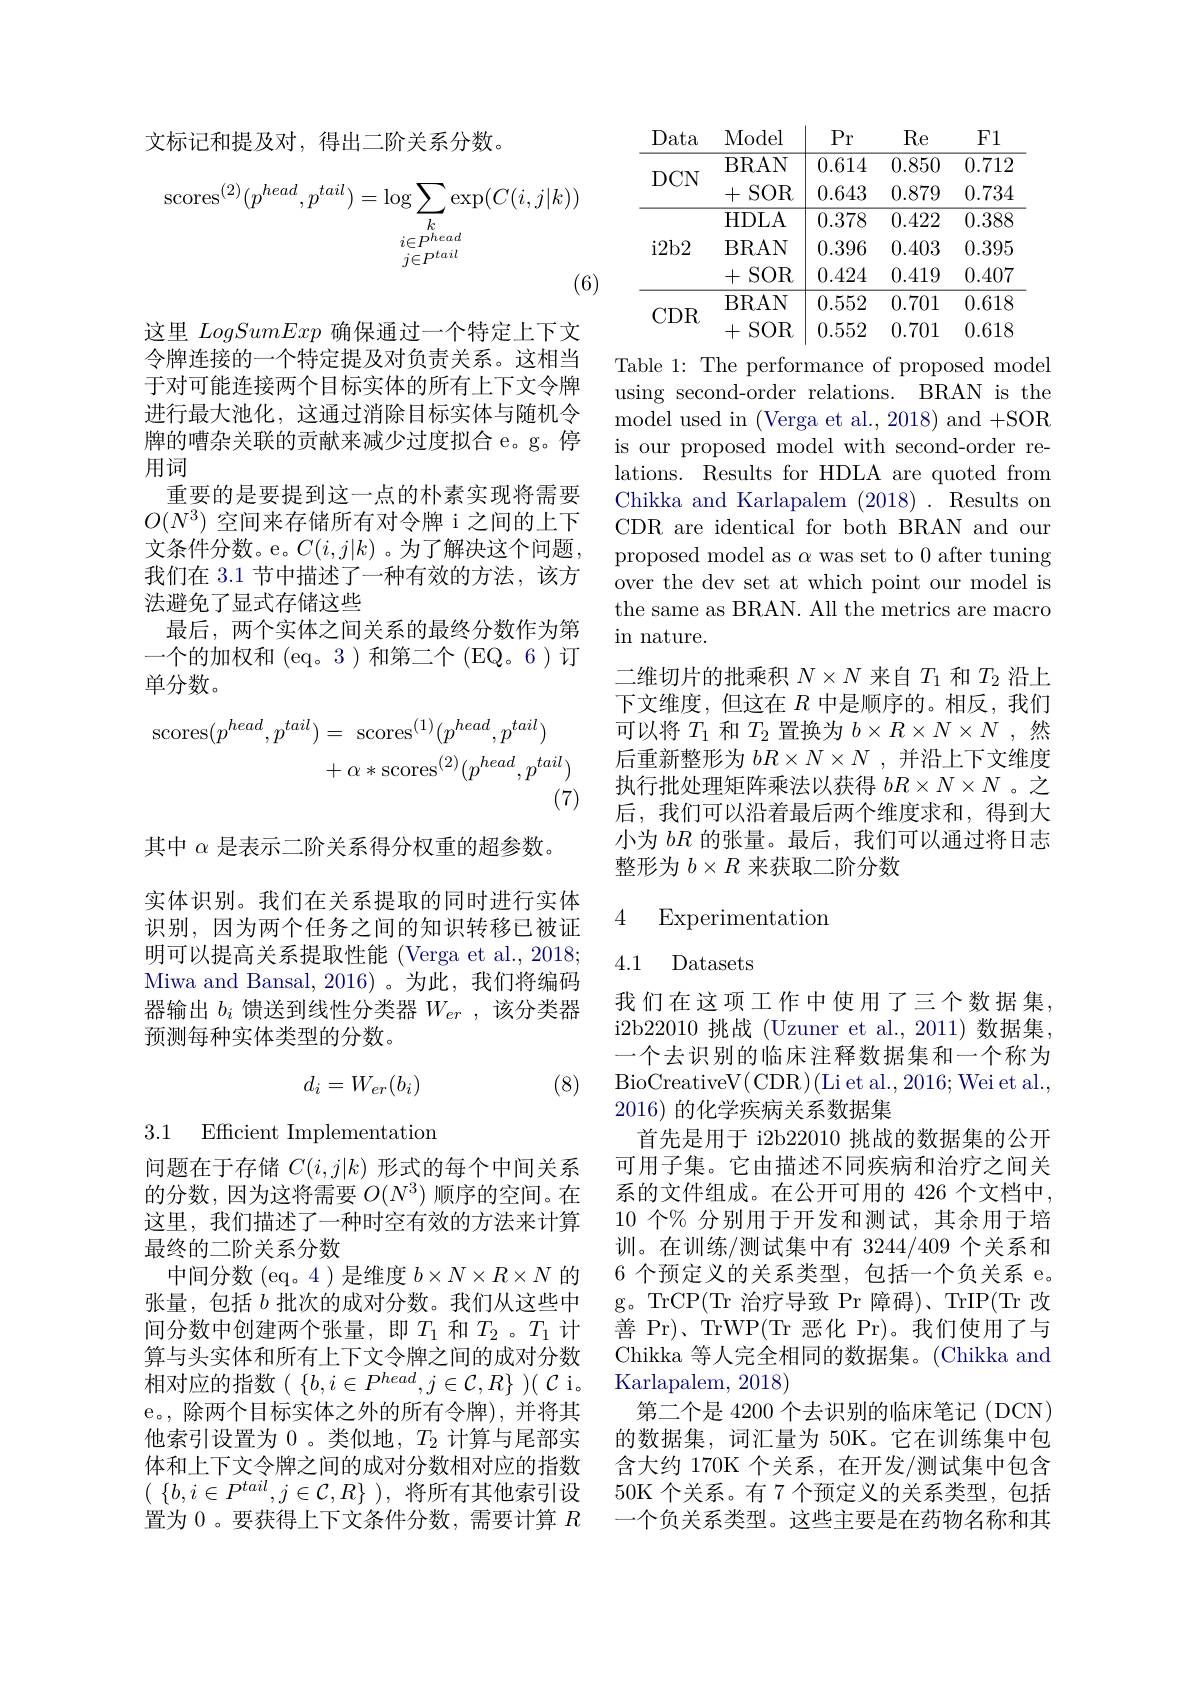
文标记和提及对，得出二阶关系分数。
$$\begin{array}{c}\mathrm{scores}^{(2)}(p^{head},p^{tail})=\log\sum_{\begin{array}{c}i\in P^{head}\\j\in P^{tail}\end{array}}\exp(C(i,j|k))\\(6\end{array}$$
用词

这里LogSumExp确保通过一个特定上下文令牌连接的一个特定提及对负责关系。这相当于对可能连接两个目标实体的所有上下文令牌进行最大池化，这通过消除目标实体与随机令牌的嘈杂关联的贡献来减少过度拟合 e。g。停
重要的是要提到这一点的朴素实现将需要$O(N^3)$空间来存储所有对令牌 i之间的上下文条件分数。e。$C(i,j|k)$ 。为了解决这个问题， 我们在 3.1 节中描述了一种有效的方法，该方法避免了显式存储这些
最后，两个实体之间关系的最终分数作为第一个的加权和 (eq。3)和第二个 (EQ。6)订单分数。
$$\begin{aligned}\mathrm{scores}(p^{head},p^{tail})&=\:\mathrm{scores}^{(1)}(p^{head},p^{tail})\\&+\alpha*\mathrm{scores}^{(2)}(p^{head},p^{tail})\end{aligned}$$
(7)

其中$\alpha$是表示二阶关系得分权重的超参数。
实体识别。我们在关系提取的同时进行实体识别，因为两个任务之间的知识转移已被证明可以提高关系提取性能 (Verga et al., 2018; Miwa and Bansal, 2016) 。为此，我们将编码器输出$b_i$馈送到线性分类器$W_er$ ,该分类器预测每种实体类型的分数。
$$d_i=W_{er}(b_i)$$
(8)

3.1 Efficient Implementation

问题在于存储$C(i,j|k)$形式的每个中间关系的分数，因为这将需要$O(N^3)$顺序的空间。在这里，我们描述了一种时空有效的方法来计算最终的二阶关系分数
中间分数(eq。4)是维度$b\times N\times R\times N$的张量，包括$b$批次的成对分数。我们从这些中间分数中创建两个张量，即$T_1$ 和$T_2$ 。$T_1$ 计算与头实体和所有上下文令牌之间的成对分数相对应的指数($\{ b, i\in P^{head}, j\in \mathcal{C} , R\} ) ( \mathcal{C}$ i. ), e。, 除两个目标实体之外的所有令牌),并将其他索引设置为0 。类似地，$T_2$计算与尾部实体和上下文令牌之间的成对分数相对应的指数$(\begin{array}{c}\{b,i\in P^{tail},j\in\mathcal{C},R\}\end{array})$,将所有其他索引设置为 0 。要获得上下文条件分数，需要计算$R$

<table>
	<tbody>
		<tr>
			<th>Data</th>
			<th>Model</th>
			<th>$Pr$</th>
			<th>Re</th>
			<th>F1</th>
		</tr>
		<tr>
			<td>$YINT$ 1</td>
			<td>BRAN</td>
			<td>0.614</td>
			<td>0.850</td>
			<td>0.712</td>
		</tr>
		<tr>
			<td>$\boldsymbol{L}\boldsymbol{U}\boldsymbol{V}\boldsymbol{N}$</td>
			<td>+SOR</td>
			<td>0.643</td>
			<td>0.879</td>
			<td>0.734</td>
		</tr>
		<tr>
			<td> </td>
			<td>HDLA</td>
			<td>0.378</td>
			<td>0.422</td>
			<td>0.388</td>
		</tr>
		<tr>
			<td>i2b2</td>
			<td>BRAN</td>
			<td>0.396</td>
			<td>0.403</td>
			<td>0.395</td>
		</tr>
		<tr>
			<td> </td>
			<td>+SOR</td>
			<td>0.424</td>
			<td>0.419</td>
			<td>0.407</td>
		</tr>
		<tr>
			<td rowspan="2">$CDR$</td>
			<td>BRAN</td>
			<td>0.552</td>
			<td>0.701</td>
			<td>0.618</td>
		</tr>
		<tr>
			<td>+SOR</td>
			<td>0.552</td>
			<td>0.701</td>
			<td>0.618</td>
		</tr>
	</tbody>
</table>

Table 1: The performance of proposed model using second-order relations. BRAN is the model used in (Verga et al., 2018) and +SOR is our proposed model with second-order relations. Results for HDLA are quoted from Chikka and Karlapalem (2018). Results on CDR are identical for both BRAN and our proposed model as $\alpha$ was set to 0 after tuning over the dev set at which point our model is the same as BRAN. All the metrics are macro in nature.
二维切片的批乘积$N\times N$来自$T_1$和$T_2$沿上下文维度，但这在$R$中是顺序的。相反，我们可以将$T_1$和$T_2$置换为$b\times R\times N\times N$ ,然后重新整形为$bR\times N\times N$ ,并沿上下文维度执行批处理矩阵乘法以获得$bR\times N\times N$ 。之后，我们可以沿着最后两个维度求和，得到大小为$bR$的张量。最后，我们可以通过将日志整形为$b\times R$来获取二阶分数

### 4 Experimentatiom

4.1 Datasets

我们在这项工作中使用了三个数据集， i2b22010 挑战 (Uzuner et al., 2011) 数据集， 一个去识别的临床注释数据集和一个称为$\operatorname{BioCreativeV}(\operatorname{CDR})(\operatorname{Li~et~al.,2016;Wei~et~al.}$, 2016)的化学疾病关系数据集
首先是用于 i2b22010 挑战的数据集的公开可用子集。它由描述不同疾病和治疗之间关系的文件组成。在公开可用的 426 个文档中， 10 个% 分别用于开发和测试，其余用于培训。在训练/测试集中有 3244/409 个关系和6 个预定义的关系类型，包括一个负关系 e。g。TrCP(Tr 治疗导致 Pr 障碍)、TrIP(Tr 改善 Pr)、TrWP(Tr 恶化 Pr)。我们使用了与Chikka 等人完全相同的数据集。(Chikka and Karlapalem, 2018)
第二个是 4200 个去识别的临床笔记 (DCN) 的数据集，词汇量为 50K。它在训练集中包含大约 170K 个关系，在开发/测试集中包含50K 个关系。有 7 个预定义的关系类型，包括一个负关系类型。这些主要是在药物名称和其